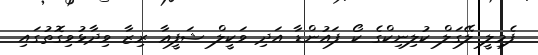
ފެމިލީ ލޭގަލް ކުލިނިކްގެ ކޯ ފައުންޑާ އަދި ވަކީލް ޝަފީޢާ ރިޒާ ވިދާޅުވިގޮތުގައި